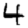
Digit: 4